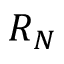
R _ { N }